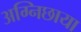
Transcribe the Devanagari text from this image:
अग्निछाया